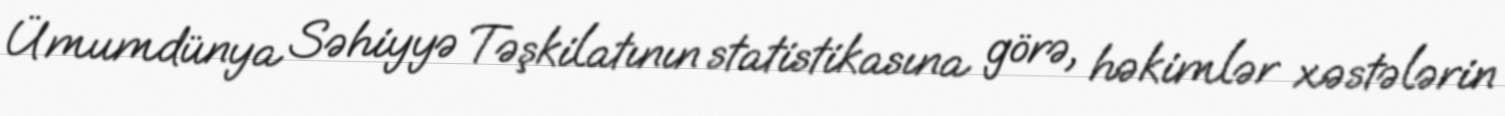
Ümumdünya Səhiyyə Təşkilatının statistikasına görə, həkimlər xəstələrin